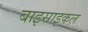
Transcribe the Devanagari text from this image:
बाइसाइकल